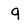
Character: q